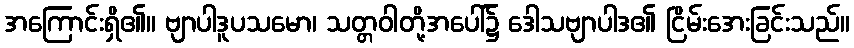
အကြောင်းရှိ၏။ ဗျာပါဒူပသမော၊ သတ္တဝါတို့အပေါ်၌ ဒေါသဗျာပါဒ၏ ငြိမ်းအေးခြင်းသည်။